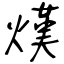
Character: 熯